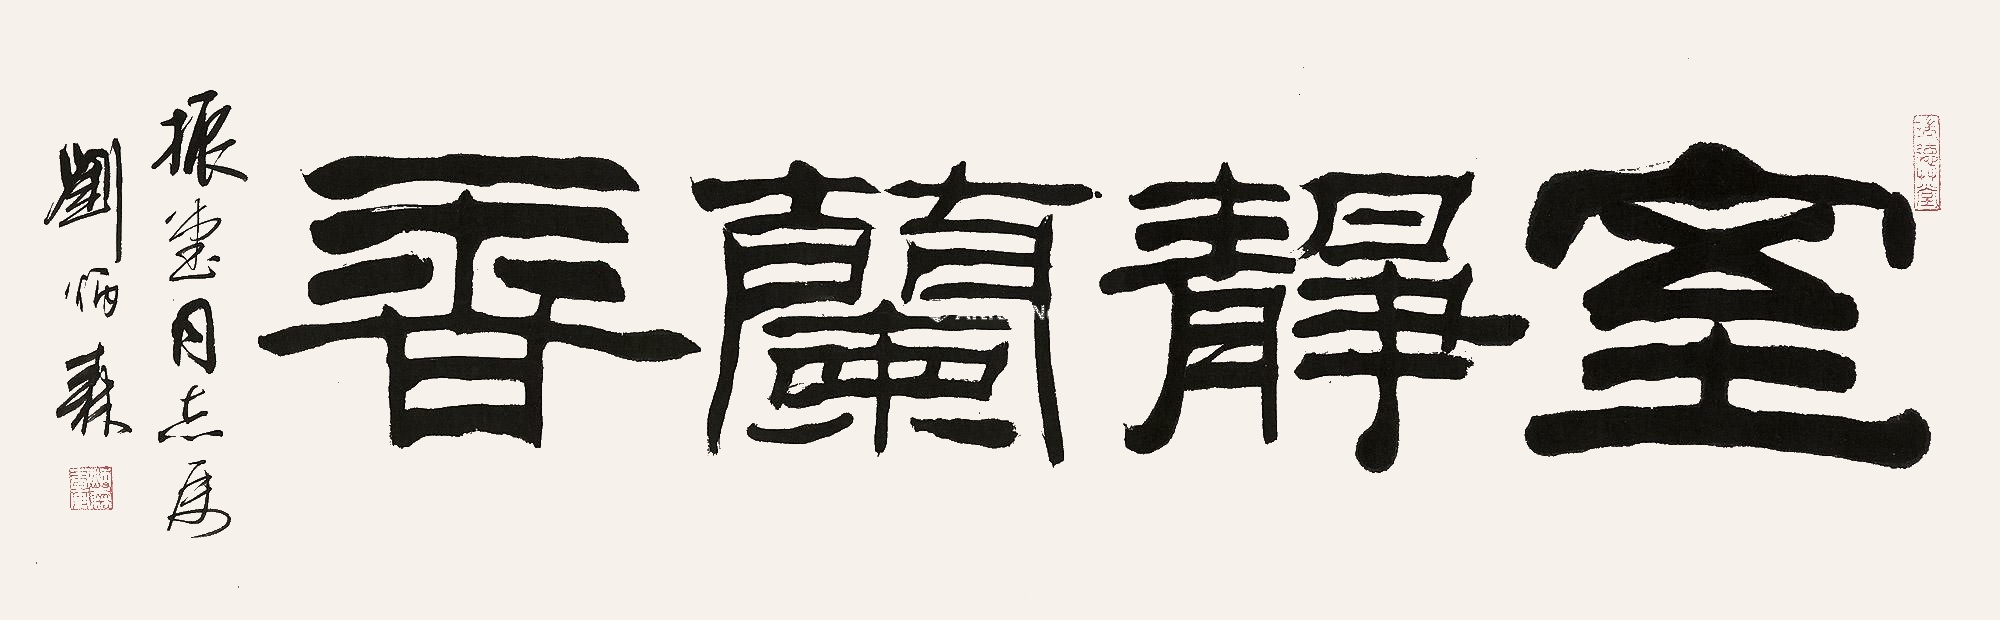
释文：室静兰香。振堂同志属，刘炳森。